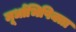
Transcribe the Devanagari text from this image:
मूर्धाभिषिक्ता